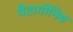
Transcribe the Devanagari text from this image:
पैटागोनिय